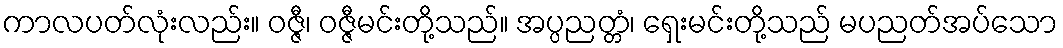
ကာလပတ်လုံးလည်း။ ဝဇ္ဇီ၊ ဝဇ္ဇီမင်းတို့သည်။ အပ္ပညတ္တံ၊ ရှေးမင်းတို့သည် မပညတ်အပ်သော